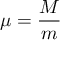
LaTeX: \mu = { \frac { M } { m } }